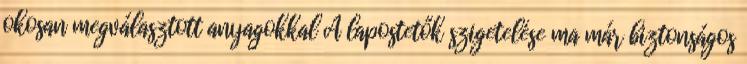
okosan megválasztott anyagokkal A lapostetők szigetelése ma már biztonságos